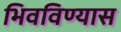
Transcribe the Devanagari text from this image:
भिवविण्यास